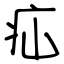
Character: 疝